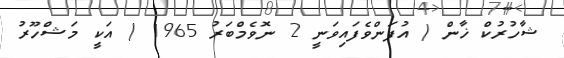
ޝާހުރުކް ޚާން ( އުފަންވެފައިވަނީ 2 ނޮވެމްބަރު 1965 ) އަކީ މަޝްހޫރު